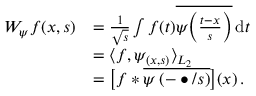
\begin{array} { r l } { W _ { \psi } f ( x , s ) } & { = \frac { 1 } { \sqrt { s } } \int f ( t ) \overline { { \psi \bigg ( \frac { t - x } { s } \bigg ) } } \, \mathrm { d } t } \\ & { = \langle f , \psi _ { ( x , s ) } \rangle _ { L _ { 2 } } } \\ & { = \big [ f \ast \overline { { \psi \left( - \bullet / s \right) } } \big ] ( x ) \, . } \end{array}